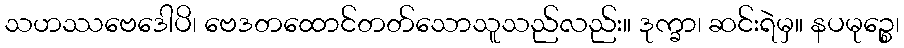
သဟဿဗေဒေါပိ၊ ဗေဒတထောင်တတ်သောသူသည်လည်း။ ဒုက္ခာ၊ ဆင်းရဲမှ။ နပမုဉ္စေ၊